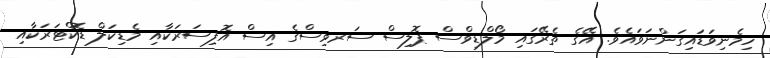
ހިމެނިވަޑައިގަންނަވައެވެ. އޭގެ ތެރޭގައި މޯލްޑިވްސް ޕޮލިސް ސަރވިސްގެ އިސް އޮފިސަރަކާއި މެޑިކަލް ޑޮކްޓަރަކާއި